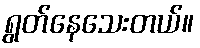
ရွတ်နေသေးတယ်။